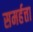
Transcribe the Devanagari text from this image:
समर्हत्ता